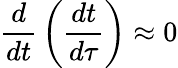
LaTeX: {\frac{d}{dt}}\left({\frac{dt}{d\tau}}\right)\approx 0